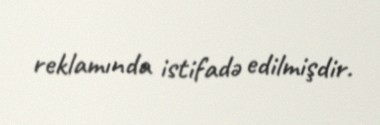
reklamında istifadə edilmişdir.